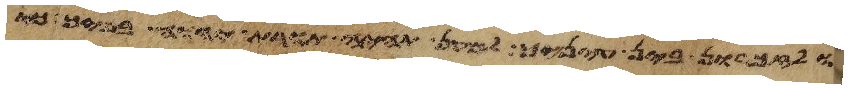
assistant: ולזכרון בין עיניך למען תהיה תורת יהוה בפיך